Vaccination in Burma 1920-1933 - 1920-1933
Year: 1920
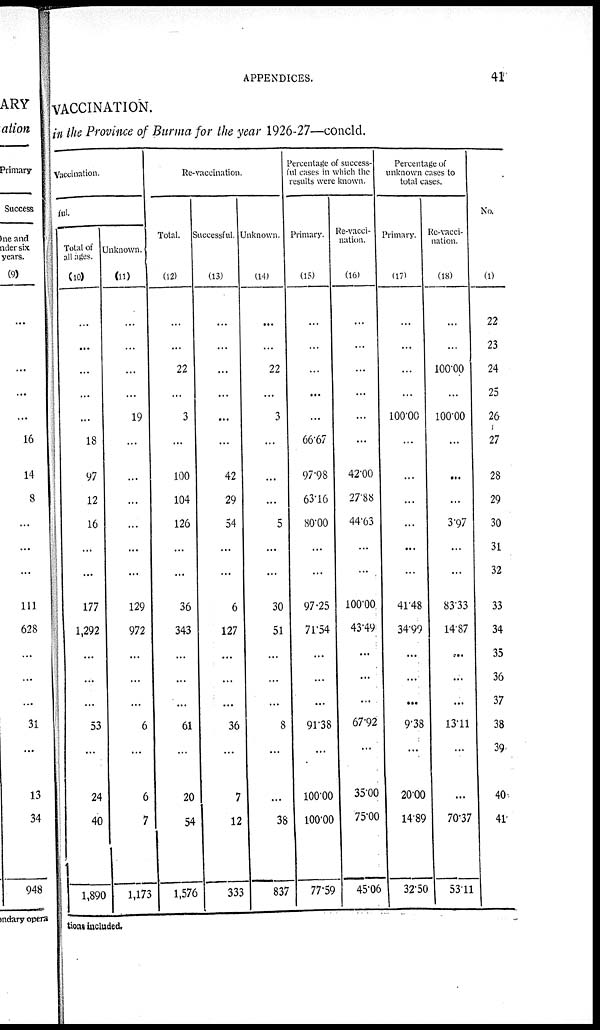
APPENDICES.
41
VACCINATION.
in the Province of Burma for the year 1926-27—concld.
Vaccination.
ful
Total of
all ages.
(10)
...
...
...
...
...
18
97
12
16
...
...
177
1,292
...
...
...
53
...
244
40
1,890
Unknown.
(11)
...
...
...
...
19
...
...
...
...
...
...
129
972
...
...
...
6
...
6
7
1,173
Re-vaccination.
Total.
(12)
...
...
22
...
3
...
100
104
126
...
...
36
343
...
...
...
61
...
20
54
1,576
Successful.
(13)
...
...
...
...
...
...
42
29
54
...
...
6
127
...
...
...
36
...
7
12
333
Unknown.
(14)
...
...
22
...
3
...
...
...
5
...
...
30
51
...
...
...
8
...
...
38
837
Percentage of success-
ful cases in which the
results were known.
Primary.
(15)
...
...
...
...
...
66.67
97.98
63.16
80.00
...
...
97.25
71.54
...
...
...
91.38
...
100.00
100.00
77.59
Re-vacci-
nation.
(16)
...
...
...
...
...
...
42.00
27.88
44.63
...
...
100.00
43.49
...
...
...
67.92
...
35.00
75.00
45.06
Percentage of
unknown cases to
total cases.
Primary.
(17)
...
...
...
...
100.00
...
...
...
...
...
...
41.48
34.99
...
...
...
9.38
...
20.00
14.89
32.50
Re-vacci-
nation.
(18)
...
...
100.00
...
100.00
...
...
...
3.97
...
...
83.33
14.87
...
...
...
13.11
...
...
70.37
53.11
No.
(1)
22
23
24
25
26
27
28
29
30
31
32
33
34
35
36
37
38
39
40
41
tions included.